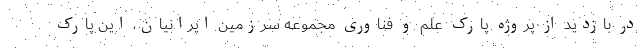
در بازدید از پروژه پارک علم و فناوری مجموعه سرزمین ایرانیان، این پارک